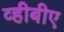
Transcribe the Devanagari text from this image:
व्हीबीए